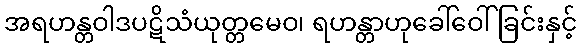
အရဟန္တဝါဒပဋိသံယုတ္တမေဝ၊ ရဟန္တာဟုခေါ်ဝေါ်ခြင်းနှင့်